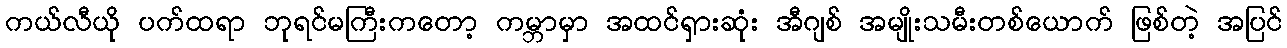
ကယ်လီယို ပက်ထရာ ဘုရင်မကြီးကတော့ ကမ္ဘာမှာ အထင်ရှားဆုံး အီဂျစ် အမျိုးသမီးတစ်ယောက် ဖြစ်တဲ့ အပြင်